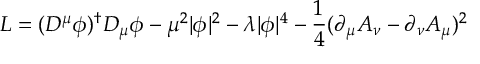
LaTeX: { \cal L } = ( D ^ { \mu } \phi ) ^ { \dagger } D _ { \mu } \phi - \mu ^ { 2 } | \phi | ^ { 2 } - \lambda | \phi | ^ { 4 } - \frac { 1 } { 4 } ( \partial _ { \mu } A _ { \nu } - \partial _ { \nu } A _ { \mu } ) ^ { 2 }